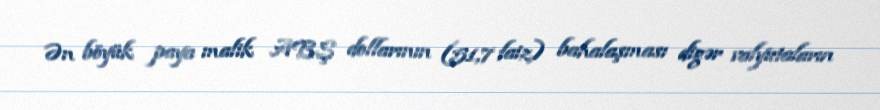
Ən böyük paya malik ABŞ dollarının (51,7 faiz) bahalaşması digər valyutaların